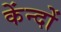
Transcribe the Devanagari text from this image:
केंन्दों